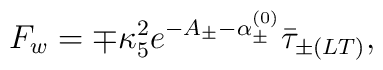
F_w =   \mp\kappa_5^2e^{-A_{\pm}-\alpha^{(0)}_{\pm}}\bar{\tau}_{\pm(LT)},